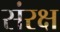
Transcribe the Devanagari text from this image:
संरक्ष